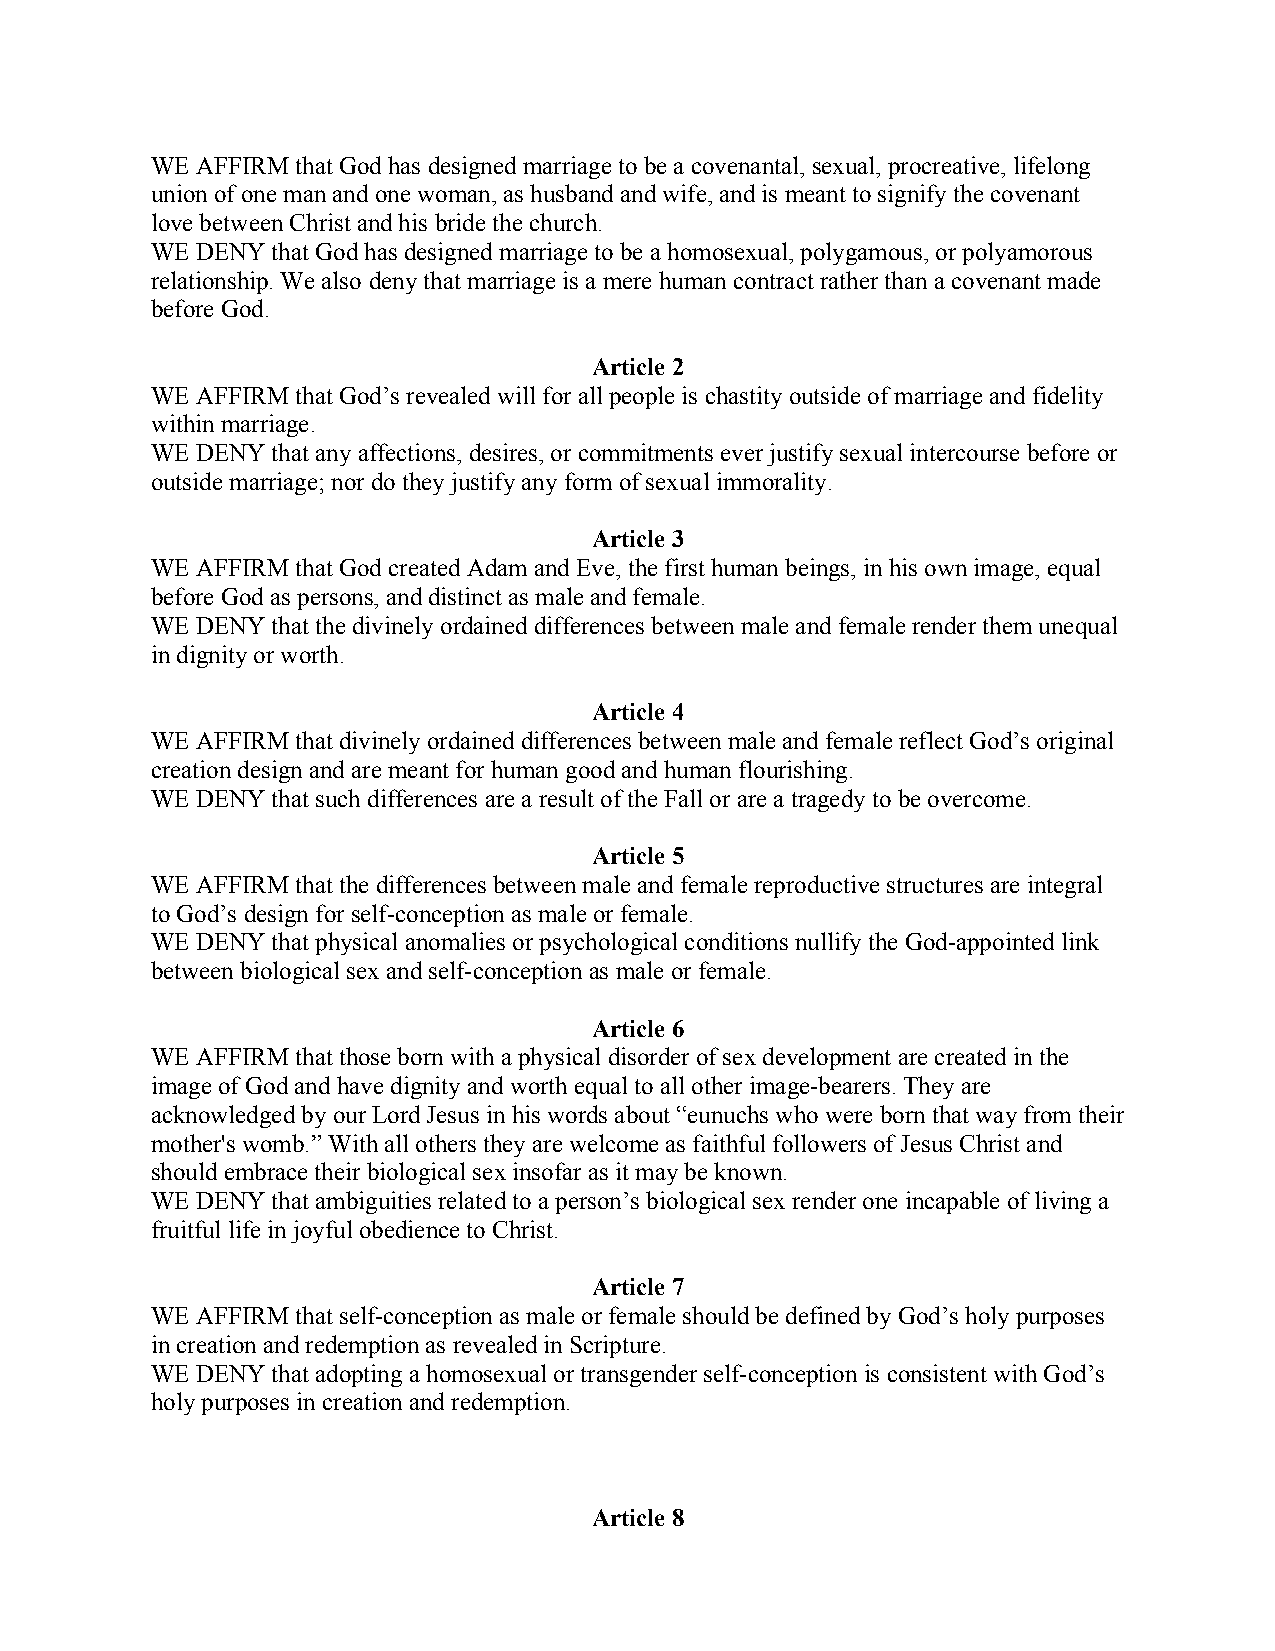
WE AFFIRM that God has designed marriage to be a covenantal, sexual, procreative, lifelong
 union of one man and one woman, as husband and wife, and is meant to signify the covenant
 love between Christ and his bride the church.
 WE DENY that God has designed marriage to be a homosexual, polygamous, or polyamorous
 relationship. We also deny that marriage is a mere human contract rather than a covenant made
 before God.
 Article 2
 WE AFFIRM that God’s revealed will for all people is chastity outside of marriage and fidelity
 within marriage.
 WE DENY that any affections, desires, or commitments ever justify sexual intercourse before or
 outside marriage; nor do they justify any form of sexual immorality.
 Article 3
 WE AFFIRM that God created Adam and Eve, the first human beings, in his own image, equal
 before God as persons, and distinct as male and female.
 WE DENY that the divinely ordained differences between male and female render them unequal
 in dignity or worth.
 Article 4
 WE AFFIRM that divinely ordained differences between male and female reflect God’s original
 creation design and are meant for human good and human flourishing.
 WE DENY that such differences are a result of the Fall or are a tragedy to be overcome.
 Article 5
 WE AFFIRM that the differences between male and female reproductive structures are integral
 to God’s design for self-conception as male or female.
 WE DENY that physical anomalies or psychological conditions nullify the God-appointed link
 between biological sex and self-conception as male or female.
 Article 6
 WE AFFIRM that those born with a physical disorder of sex development are created in the
 image of God and have dignity and worth equal to all other image-bearers. They are
 acknowledged by our Lord Jesus in his words about “eunuchs who were born that way from their
 mother's womb.” With all others they are welcome as faithful followers of Jesus Christ and
 should embrace their biological sex insofar as it may be known.
 WE DENY that ambiguities related to a person’s biological sex render one incapable of living a
 fruitful life in joyful obedience to Christ.
 Article 7
 WE AFFIRM that self-conception as male or female should be defined by God’s holy purposes
 in creation and redemption as revealed in Scripture.
 WE DENY that adopting a homosexual or transgender self-conception is consistent with God’s
 holy purposes in creation and redemption.
 Article 8